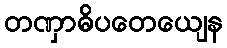
တဏှာဓိပတေယျေန